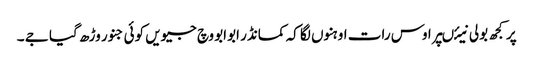
پر کجھ بولی نیئںپر اوس رات اوہنوں لگا کہ کمانڈر ابوابو وچ جیویں کوئی جنور وڑھ گیا جے ۔